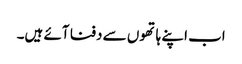
اب اپنے ہاتھوں سے دفنا آئے ہیں۔